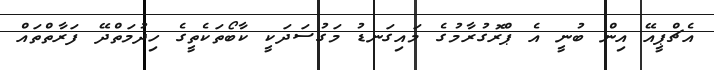
އެޗްޕީއޭ އިން ބުނީ އެ ޕްރޮގުރާމުގެ މައިގަނޑު މަގުސަދަކީ ކާބޯތަކެތީގެ ހިދުމަތްދޭ ފަރާތްތައް